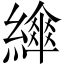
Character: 𦅮